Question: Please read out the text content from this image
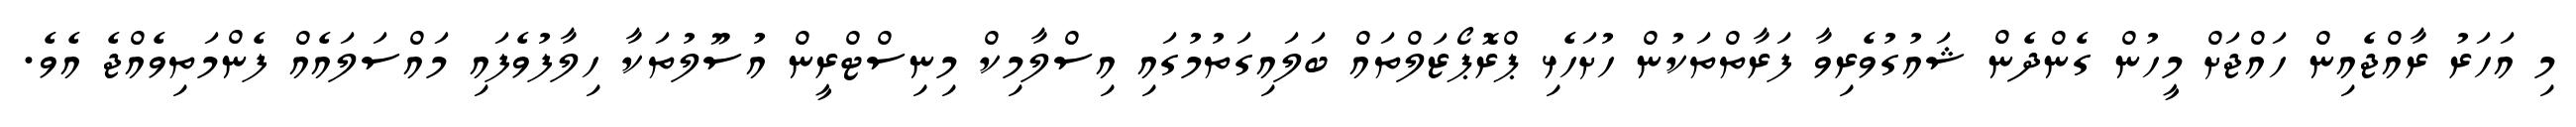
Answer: މި އަހަރު ރާއްޖެއިން ހައްޖަށް މީހުން ގެންދެން ޝައުގުވެރިވާ ފަރާތްތަކުން ހުށަހެޅި ޕްރޮޕޯޒަލްތައް ބަލައިގަތުމުގައި އިސްލާމިކް މިނިސްޓްރީން އުސޫލުތަކާ ހިލާފުވެފައި މައްސަލައެއް ފެންމަތިވެއްޖެ އެވެ.